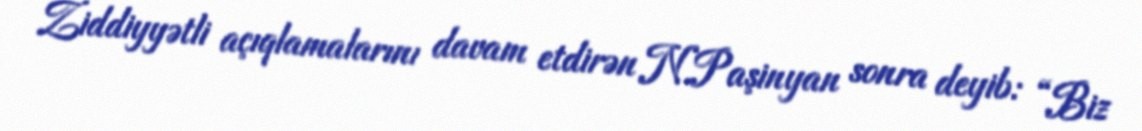
Ziddiyyətli açıqlamalarını davam etdirən N.Paşinyan sonra deyib: “Biz